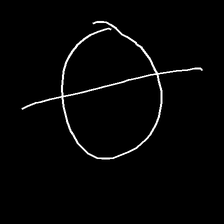
Glyph: orb